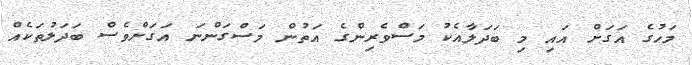
މަހުގެ އަގަށް އައި މި ބަދަލާއެކު މަސްވެރިންގެ އަތުން މަސްގަންނަ އަގަށްވެސް ބަދަލުތަކެއް